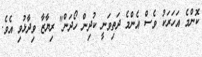
ކޮންމެ އަހަރަކު ވެސް އެންމެ ދަތިވަނީ ކުދިން ހޯދަން" ރިޔާޒާ ވިދާޅުވި އެވެ.